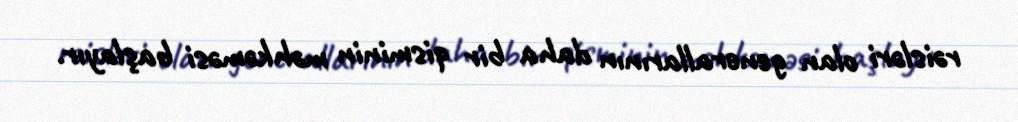
rəisləri olan generallarının daha bir qisminin məhkəməsi başlayır.